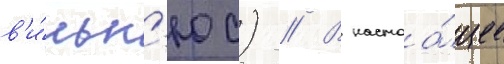
в'и́льн'юс) // В настоа́щее